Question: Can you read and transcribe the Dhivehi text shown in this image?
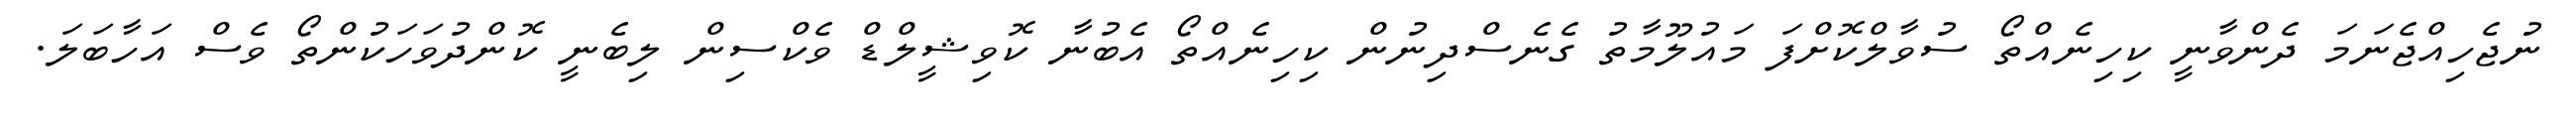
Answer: ނުޖެހިއްޖެނަމަ ދެންވާނީ ކިހިނެއްތޯ ސުވާލްކޮށްފަ މައުލޫމާތު ގެނެސްދިނުން ކިހިނެއްތޯ އެބުނާ ކޮވިޝީލްޑް ވެކްސިން ލިބެނީ ކޮންދުވަހަކުންތޯ ވެސް އަހާބަލަ.